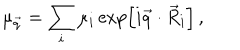
\mu _ { \vec { q } } = \sum _ { i } \mu _ { i } \exp \left[ i \vec { q } \cdot \vec { R } _ { i } \right] \, ,